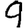
Digit: 9